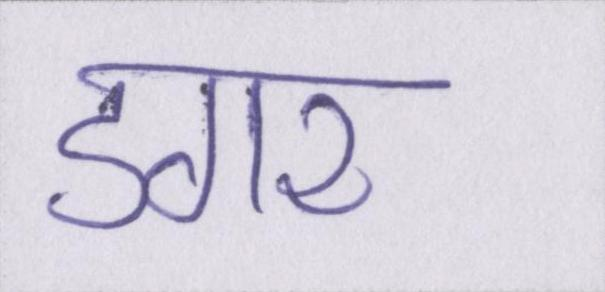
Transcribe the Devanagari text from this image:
डगर